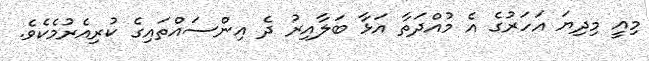
މިއީ މިދިޔަ އަހަރުގެ އެ މުއްދަތާ އަޅާ ބަލާއިރު ދެ އިންސައްތައިގެ ކުރިއެރުމެކެވެ.